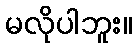
မလိုပါဘူး။